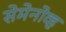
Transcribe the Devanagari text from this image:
सेमेनोव्ह